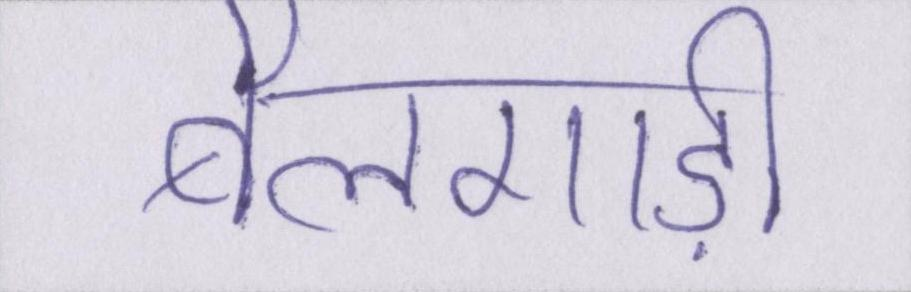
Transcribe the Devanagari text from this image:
बैलगाड़ी